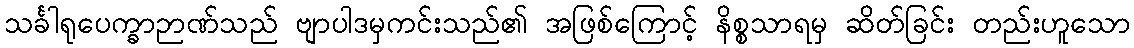
သင်္ခါရုပေက္ခာဉာဏ်သည် ဗျာပါဒမှကင်းသည်၏ အဖြစ်ကြောင့် နိစ္စသာရမှ ဆိတ်ခြင်း တည်းဟူသော